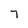
Character: 7